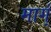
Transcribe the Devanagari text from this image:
मार्ग्